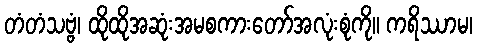
တံတံသဗ္ဗံ၊ ထိုထိုအဆုံးအမစကားတော်အလုံးစုံကို။ ကရိဿာမ၊